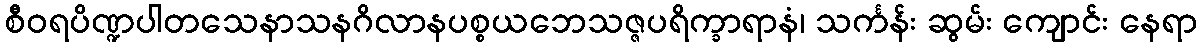
စီဝရပိဏ္ဍပါတသေနာသနဂိလာနပစ္စယဘေသဇ္ဇပရိက္ခာရာနံ၊ သင်္ကန်း ဆွမ်း ကျောင်း နေရာ